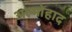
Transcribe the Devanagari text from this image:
अल्मोहाद